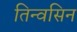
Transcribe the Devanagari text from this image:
तिन्वसिन